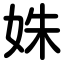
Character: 姝